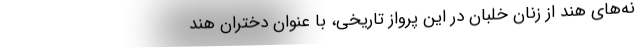
نه‌های هند از زنان خلبان در این پرواز تاریخی، با عنوان دختران هند